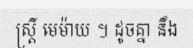
ស្ត្រី មេម៉ាយ ។ ដូចគ្នា នឹង